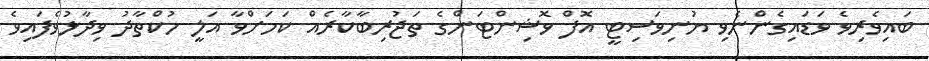
ބައިވެރިވެ ވަޑައިގެންނެވި ޔުނިވަސިޓީ އޮފް ވޮޝިންޓަންގެ ތަޖުރިބާކާރެއް ކަމަށްވާ އަލީ މުކްތާދު ވިދާޅުވެފައިވެ